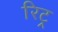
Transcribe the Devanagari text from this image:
रिट्र